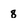
Character: 8